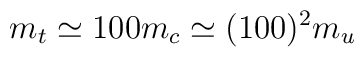
m_t\simeq100 m_c\simeq (100)^2m_u